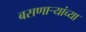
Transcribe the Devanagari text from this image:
बसणार्‍यांच्या